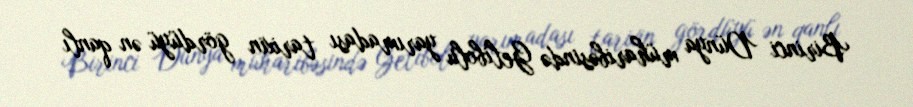
Birinci Dünya müharibəsində Gelibolu yarımadası tarixin gördüyü ən qanlı